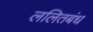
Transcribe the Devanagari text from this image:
ललितबंध